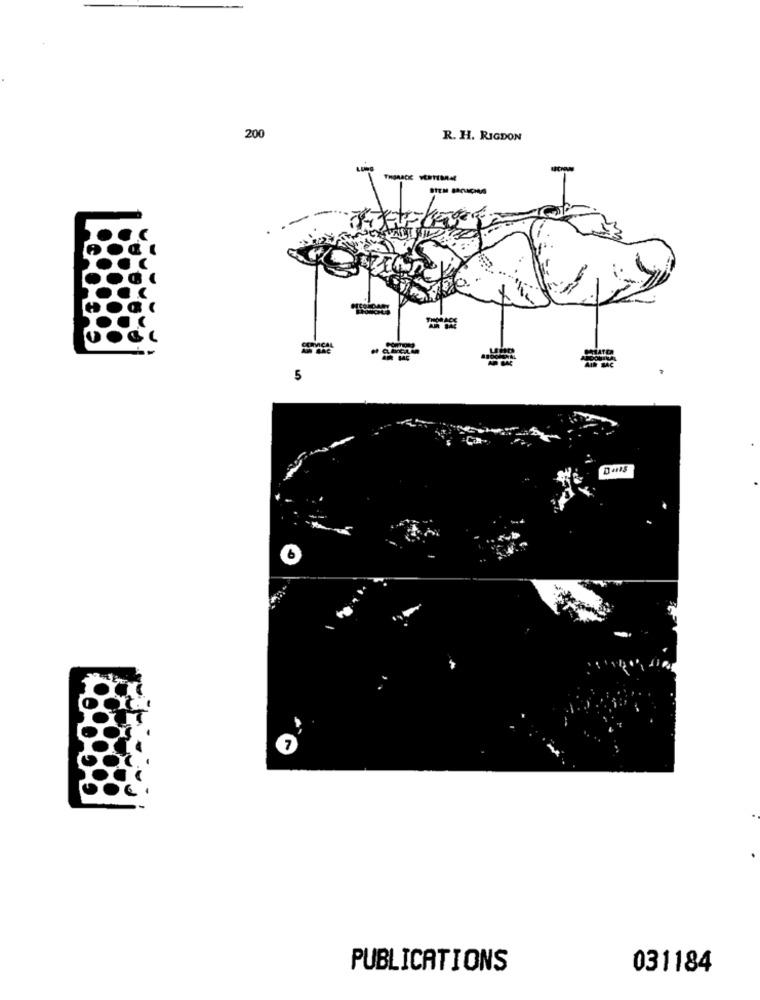
200
R. H. RIGDON
LUNG
THONACK SERTINAME
5
PUBLICATIONS
031184